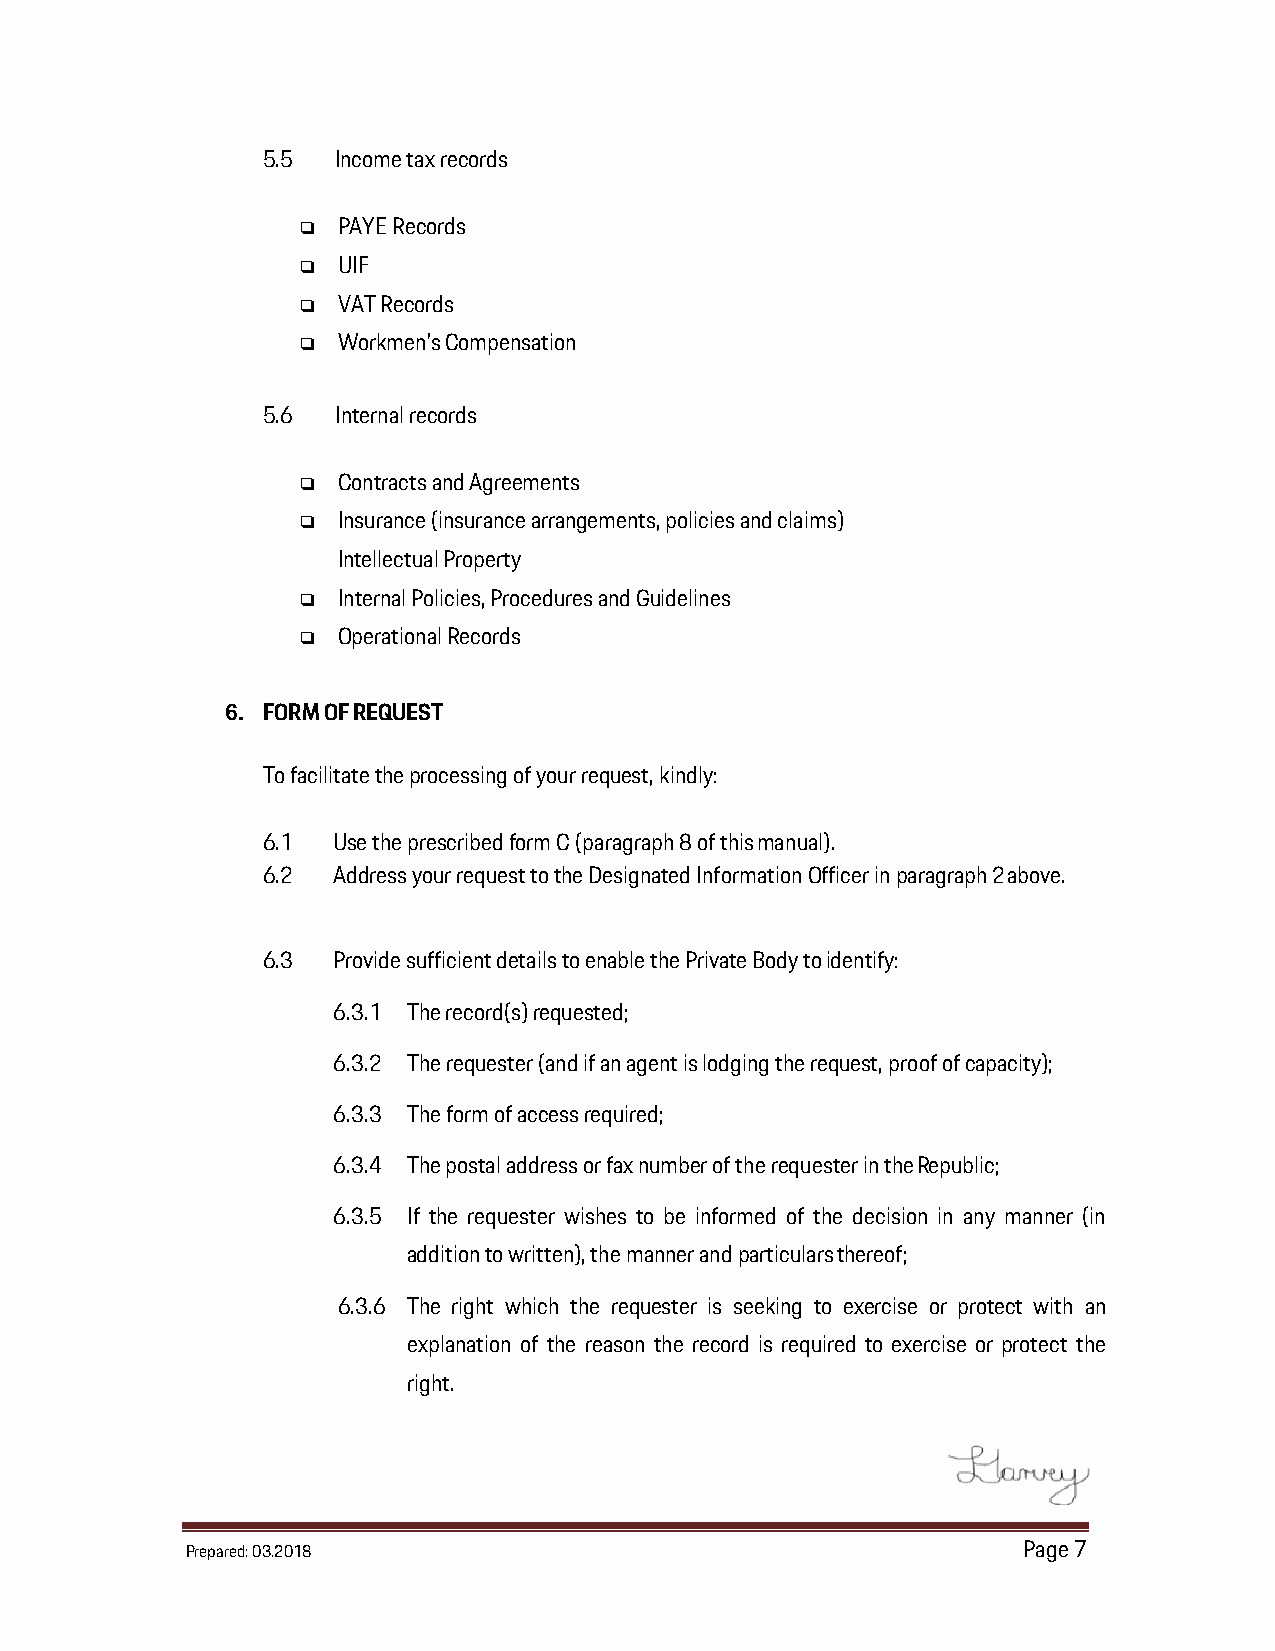
5.5  Income tax records
  PAYE Records
  UIF
  VAT Records
  Workmen’s Compensation
 5.6  Internal records
  Contracts and Agreements
  Insurance (insurance arrangements, policies and claims)
 Intellectual Property
  Internal Policies, Procedures and Guidelines
  Operational Records
 6. FORM OF REQUEST
 To facilitate the processing of your request, kindly:
 6.1  Use the prescribed form C (paragraph 8 of this manual).
 6.2  Address your request to the Designated Information Officer in paragraph 2 above.
 6.3  Provide sufficient details to enable the Private Body to identify:
 6.3.1 The record(s) requested;
 6.3.2 The requester (and if an agent is lodging the request, proof of capacity);
 6.3.3 The form of access required;
 6.3.4 The postal address or fax number of the requester in the Republic;
 6.3.5 If the requester wishes to be informed of the decision in any manner (in
 addition to written), the manner and particulars thereof;
 6.3.6 The right which the requester is seeking to exercise or protect with an
 explanation of the reason the record is required to exercise or protect the
 right.
 Prepared: 03.2018                                       Page 7